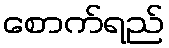
စောက်ရည်